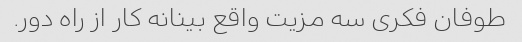
طوفان فکری سه مزیت واقع بینانه کار از راه دور.